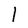
Character: l